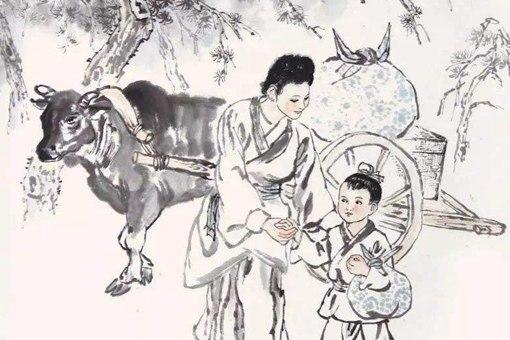
人之性恶，其善者伪也。